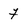
Character: f